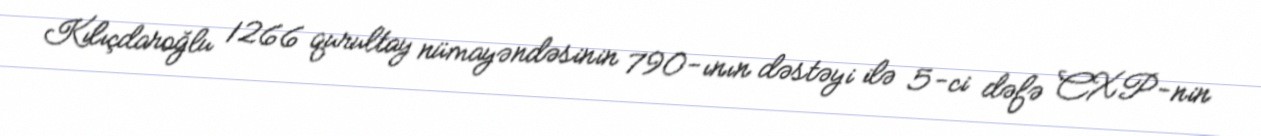
Kılıçdaroğlu 1266 qurultay nümayəndəsinin 790-ının dəstəyi ilə 5-ci dəfə CXP-nin